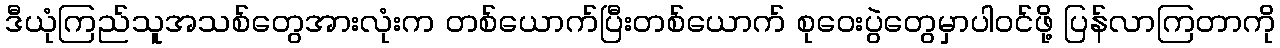
ဒီယုံကြည်သူအသစ်တွေအားလုံးက တစ်ယောက်ပြီးတစ်ယောက် စုဝေးပွဲတွေမှာပါဝင်ဖို့ ပြန်လာကြတာကို